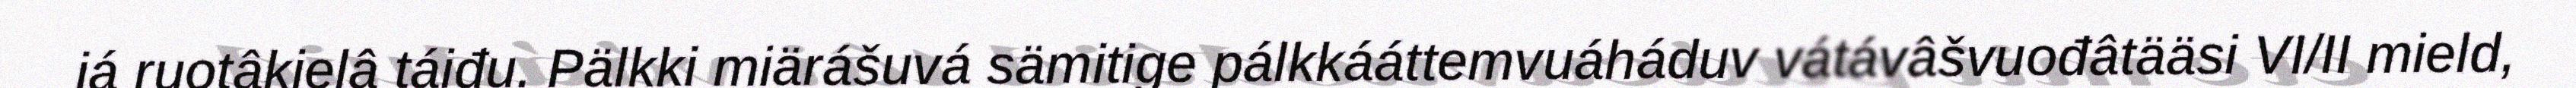
já ruotâkielâ táiđu. Pälkki miärášuvá sämitige pálkkááttemvuáháduv vátávâšvuođâtääsi VI/II mield,